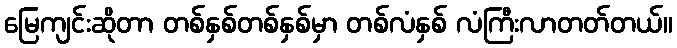
မြေကျင်းဆိုတာ တစ်နှစ်တစ်နှစ်မှာ တစ်လံနှစ် လံကြီးလာတတ်တယ်။